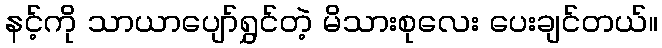
နင့်ကို သာယာပျော်ရွှင်တဲ့ မိသားစုလေး ပေးချင်တယ်။